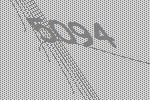
5094